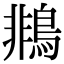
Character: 𪂞